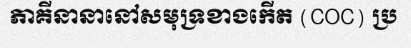
ភាគីនានានៅសមុទ្រខាងកើត (COC) ប្រ